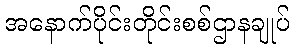
အနောက်ပိုင်းတိုင်းစစ်ဌာနချုပ်